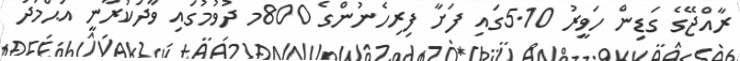
ރާއްޖޭގެ ގަޑިން ހަވީރު 5.10ގައި ފަށާ ފިރިހެނުންގެ 800މ ދުވުމުގައި ވާދަކުރާނީ އަޙްމަދު